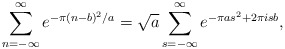
\begin{align*}\sum_{n=-\infty}^{\infty}e^{-\pi(n-b)^2/a}=\sqrt{a}\sum_{s=-\infty}^{\infty}e^{-\pi as^2+2\pi isb},\end{align*}